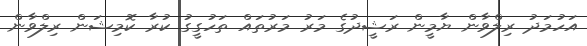
އަހުމަދު ރިލްވާން ޔާމީން ރަޝީދުގެ މަރު މަރުތައް ތަހުގީގު ކުރާ ކޮމިޝަން ރިލްވާން